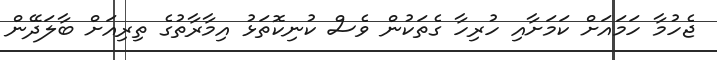
ޖެހުމާ ހަމައަށް ކަމަށާއި ހުރިހާ ގެތަކުން ވެސް ކުނިކޮތަޅު އިމާރާތުގެ ތިރިއަށް ބާލަދޭން